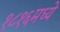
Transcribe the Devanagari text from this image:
१८१६मध्ये